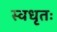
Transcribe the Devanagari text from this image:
स्वधृतः